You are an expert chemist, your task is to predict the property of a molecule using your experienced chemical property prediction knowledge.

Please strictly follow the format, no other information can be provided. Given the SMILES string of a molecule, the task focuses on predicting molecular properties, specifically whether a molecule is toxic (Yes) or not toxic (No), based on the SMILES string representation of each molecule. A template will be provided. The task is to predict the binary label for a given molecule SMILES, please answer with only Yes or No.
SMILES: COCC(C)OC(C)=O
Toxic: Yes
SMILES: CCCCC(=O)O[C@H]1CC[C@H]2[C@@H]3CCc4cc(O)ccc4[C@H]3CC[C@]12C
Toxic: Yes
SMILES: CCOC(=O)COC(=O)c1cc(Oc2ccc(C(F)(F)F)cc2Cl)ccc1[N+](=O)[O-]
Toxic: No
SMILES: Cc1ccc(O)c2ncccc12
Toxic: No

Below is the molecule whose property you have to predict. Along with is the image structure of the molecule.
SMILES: CC(C)(C)c1cc([N+](=O)[O-])cc(C(C)(C)C)c1O
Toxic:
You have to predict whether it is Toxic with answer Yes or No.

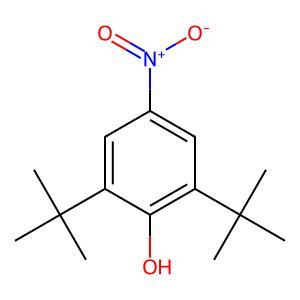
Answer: No